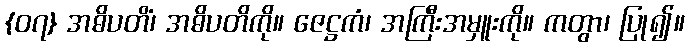
{၀၇} အဓိပတိံ၊ အဓိပတိကို။ ဇေဋ္ဌကံ၊ အကြီးအမှူးကို။ ကတွာ၊ ပြု၍။